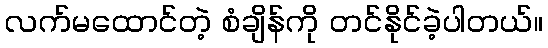
လက်မထောင်တဲ့ စံချိန်ကို တင်နိုင်ခဲ့ပါတယ်။